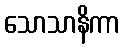
သောသာနိကာ